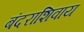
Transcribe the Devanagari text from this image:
बंदराशिवाय